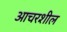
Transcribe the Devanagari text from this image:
आचरशील